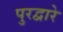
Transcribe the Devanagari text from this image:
पुरद्वारे